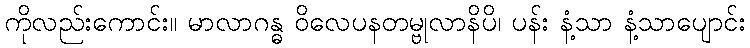
ကိုလည်းကောင်း။ မာလာဂန္ဓ ဝိလေပနတမ္ဗုလာနိပိ၊ ပန်း နံ့သာ နံ့သာပျောင်း